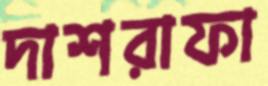
দাশরাফা